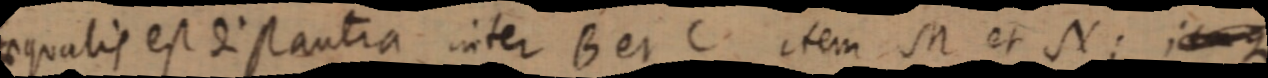
aequalis est distantia inter B et C item M et N; itaque